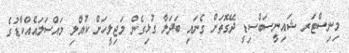
މިނިސްޓަރ ޝައިނީސަބްސިޑީ ދޭގޮތަށް ގެނައި ބަދަލާ ގުޅިގެން މަޖިލީހަށް ކުއްލި މައްސަލައެއްކާޑުގެ